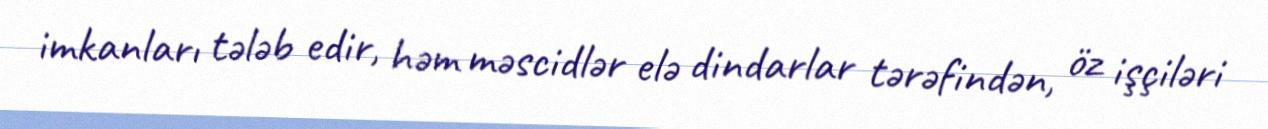
imkanları tələb edir, həm məscidlər elə dindarlar tərəfindən, öz işçiləri